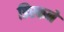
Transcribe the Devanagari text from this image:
डिस्कने